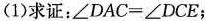
(1)求证：$$∠ D A C = ∠ D C E$$；